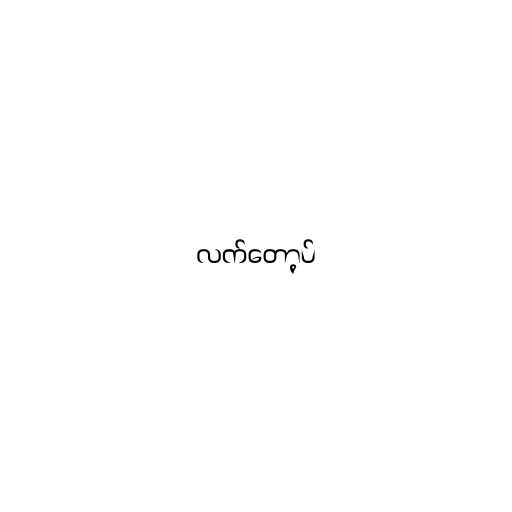
လက်တော့ပ်